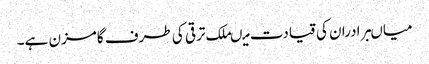
میاںبرادران کی قیادت میںملک ترقی کی طرف گامزن ہے۔